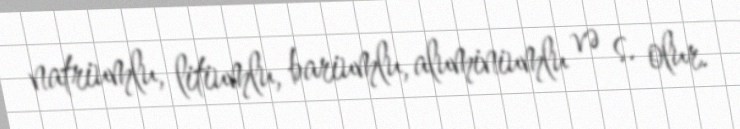
natriumlu, litiumlu, bariumlu, aluminiumlu və s. olur.